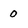
Character: 0